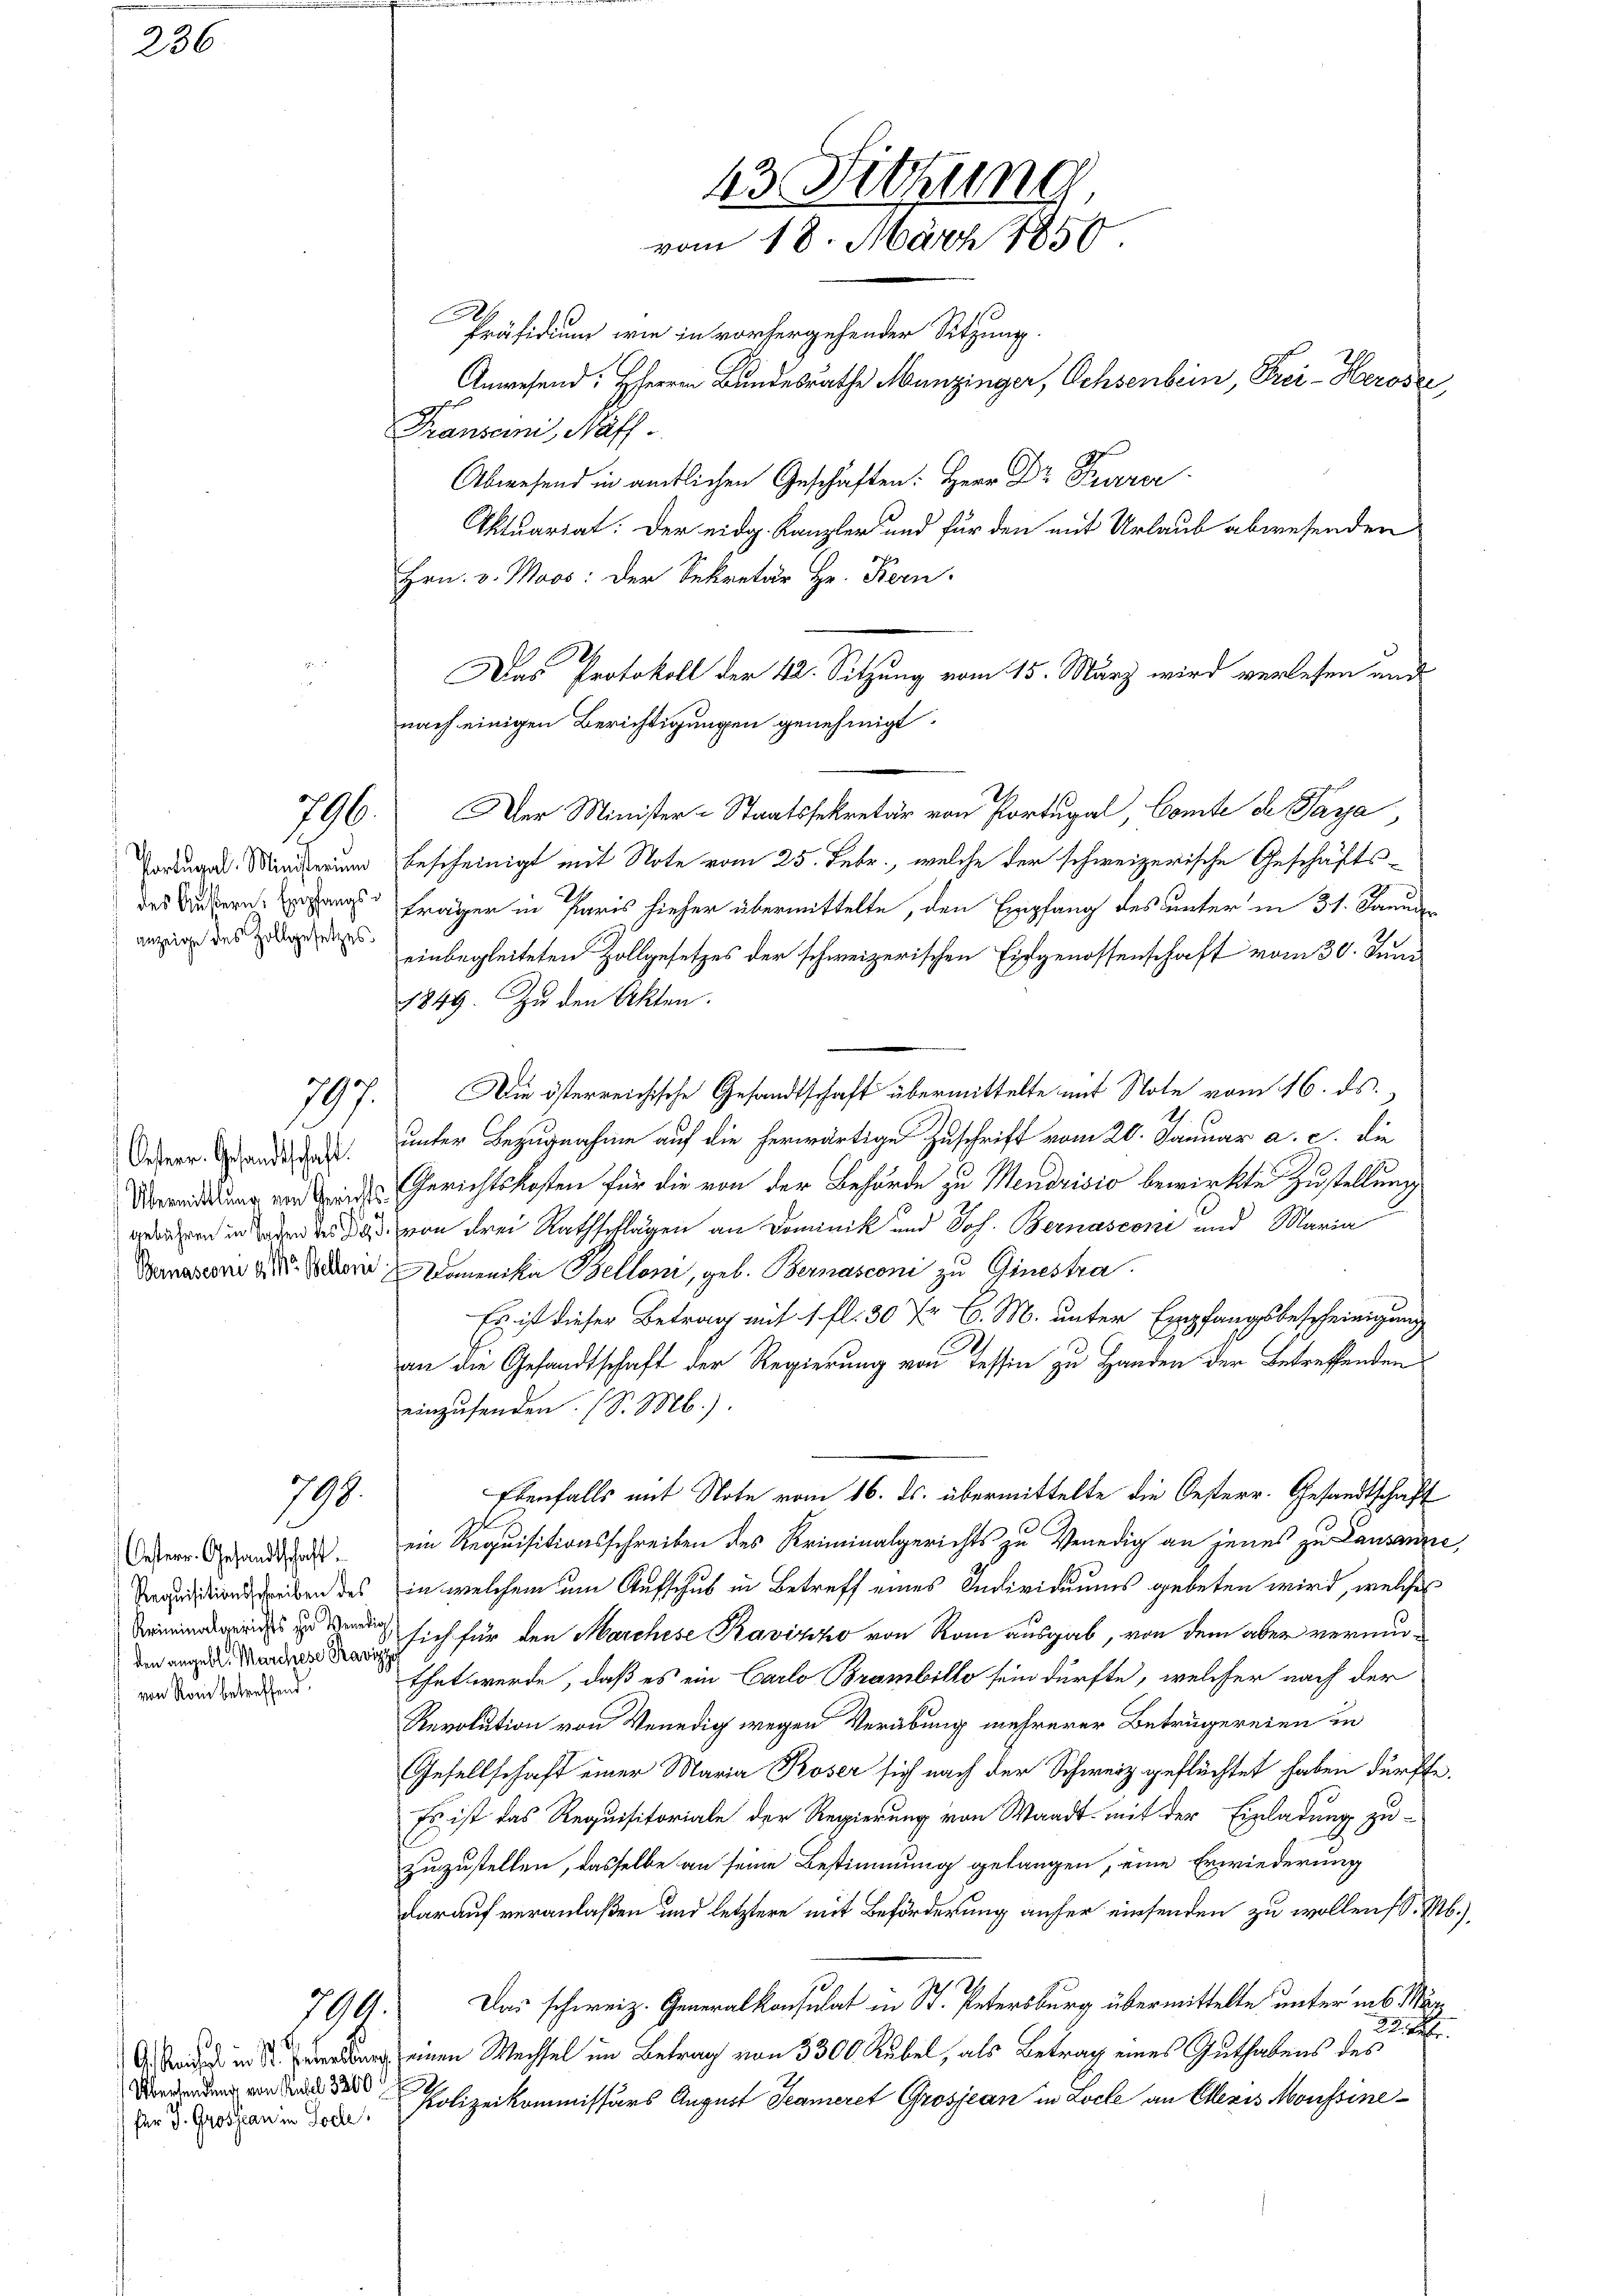
236

anzeige des Zollgesetzes

796.

197.

Oester Gesandtschaft.
Übermittlung von Geric
gebühren in Sachen des B
Bernasconi d. M. Bellen

798.

Oesterr. Gesandtschaft.
den angebl. Marchese Ravizze
von Rom betreffend.

790.

Übersendung von Rudel 3200
für J. Grossian in Tode

43. Sitzung
vom 18. März 1850.

n
Präsidium wie in vorhergehender Sitzung.
Anwesend: HHerren Bundesrathe Munzinger, Ochsenbein, Frei- Heroser,
Transeni, Näff.
Abwesend in amtlichen Geschaften: Herr Dr Furrer
Aktuariat: Der eidg. Kanzler und für den mit Urlaub abwesenden
Hrn. v. Moos: der Sekretär Hr. Fern
Der Minister-Staatssekretär von Portugal, Comte de Para,
M bescheinigt mit Note vom 25. Febr., welche der schweizerische Geschäftsdes Untern ange Frager in Paris hieher übermittelte, den Empfang des unter in 31. Januar
einbegleiteten Zollgesetzes der schweizerischen Eidgenossenschaft vom 30. Juni
1849. Zu den Akten.
Die österreichische Gesandtschaft übermittelte mit Note vom 16. ds.
1
unter Bezugnahme auf die herwärtige Zuschrift vom 20. Januar a. c. die
Gerichtskosten für die von der Behörde zu Mendrisio bewirkte Zustellung
d von drei Rathschlagen an Dominik und Joh. Bernasconi und Maria
Domenika Belloni, geb. Bernasconi zu Ginestra
Es ist dieser Betrag mit 1. fl. 30 Xr C. M. unter Empfangsbescheinigung
an die Gesandtschaft der Regierung von Tessin zu Handen der Betreffenden
einzusenden. (S. M.)
Ebenfalls mit Note vom 16. ds. übermittelte die Oesterr. Gesandtschaft
ein Requisitionsschreiben des Kriminalgerichts zu Venedig an jenes zu Lausanne,
ionsschreiben des in welchem um Aufschus in Betreff eines Individuums gebeten wird, welches
is sich für den Marchese Ravizzo von Rom ausgab, von dem aber vermuthet werde, daß es ein Carlo Brambillo sein dürfte, welcher nach der
Revolution von Venedig wegen Verübung mehrerer Betrugereien in
Gesellschaft einer Maria Koser sich nach der Schweiz geflüchtet haben dürfte.
Es ist das Requisitoriale der Regierung von Waadt mit der Einladung zuzuzustellen, dasselbe an seine Bestimmung gelangen, eine Erwiederung
darauf veranlaßen und letztere mit Beförderung anfer einsenden zu wollen (S. M.),
Das schweiz. Generalkonsulat in St. Petersburg übermittelte unter ins Mar¬
2
A in einen Wechsel im Betrag von 3300 Rübel, als Betrag eines Guthabens des
Polizeikommissärs August Seameret Grosjean in Loche an Elleris Monssine¬

Das Protokoll der 42. Sitzung vom 15. März wird verlesen und
nach einigen Berichtigungen genehmigt.